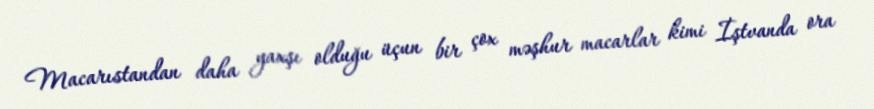
Macarıstandan daha yaxşı olduğu üçun bir çox məşhur macarlar kimi İştvanda ora